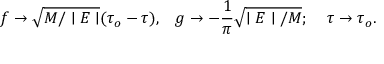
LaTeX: f \rightarrow \sqrt { M / \mid E \mid } ( \tau _ { o } - \tau ) , \; \; \; g \rightarrow - \frac { 1 } { \pi } \sqrt { \mid E \mid / M } ; \; \; \; \; \tau \rightarrow \tau _ { o } .